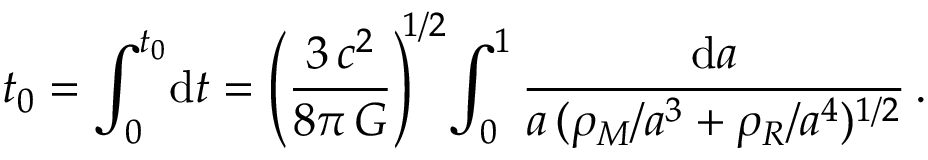
t _ { 0 } = \int _ { 0 } ^ { t _ { 0 } } \! \mathrm { d } t = \left( \frac { 3 \, c ^ { 2 } } { 8 \pi \, G } \right) ^ { \! \! 1 / 2 } \! \int _ { 0 } ^ { 1 } \frac { \mathrm { d } a } { a \, ( \rho _ { M } / a ^ { 3 } + \rho _ { R } / a ^ { 4 } ) ^ { 1 / 2 } } \, .